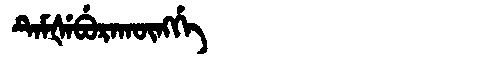
Manchu: ᡨᡝᠮᡧᡝᠪᡠᡵᠠᡴᡡᠩᡤᡝ
Romanization: TEMŠEBURAKŪNGGE